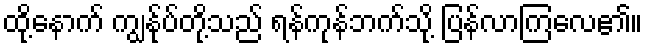
ထို့နောက် ကျွန်ုပ်တို့သည် ရန်ကုန်ဘက်သို့ ပြန်လာကြလေ၏။